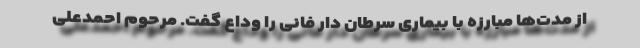
از مدت‌ها مبارزه با بیماری سرطان دار فانی را وداع گفت. مرحوم احمدعلی